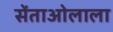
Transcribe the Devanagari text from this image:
सेंताओलाला